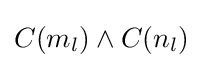
C(m_{l})\land C(n_{l})